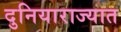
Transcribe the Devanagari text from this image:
दुनियाराज्यात